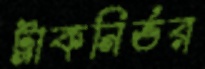
ট্রাকনির্ভর